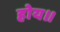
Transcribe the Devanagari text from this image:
होय॥